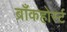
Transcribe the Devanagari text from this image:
ब्राँकहोर्स्ट